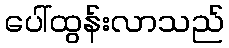
ပေါ်ထွန်းလာသည်